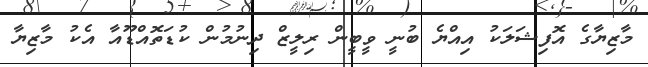
މާޒިޔާގެ އޮފިޝަލަކު އިއްޔެ ބުނީ ވީބީން ރިލީޒް ދިނުމުން ކުޑަތޮއްޑޫއާ އެކު މާޒިޔާ